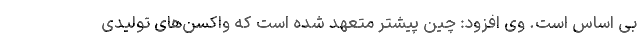
بی اساس است. وی افزود: چین پیشتر متعهد شده است که واکسن‌های تولیدی